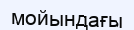
мойындағы